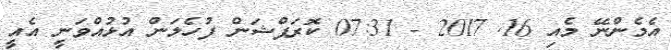
އެމެންނޭ މެއި 16